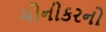
મોનીકરનો